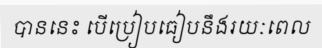
បាននេះ បើប្រៀបធៀបនឹងរយៈពេល